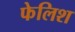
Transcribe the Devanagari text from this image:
फेलिश